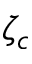
\zeta _ { c }